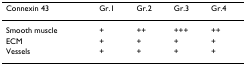
<table><thead><tr><td><b>Connexin 43</b></td><td><b>Gr.1</b></td><td><b>Gr.2</b></td><td><b>Gr.3</b></td><td><b>Gr.4</b></td></tr></thead><tbody><tr><td>Smooth muscle</td><td>+</td><td>++</td><td>+++</td><td>++</td></tr><tr><td>ECM</td><td>+</td><td>+</td><td>+</td><td>+</td></tr><tr><td>Vessels</td><td>+</td><td>+</td><td>+</td><td>+</td></tr></tbody></table>